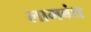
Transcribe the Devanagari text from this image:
लामबंध